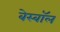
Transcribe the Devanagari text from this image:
बेस्बॉल